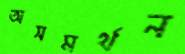
অসমর্থন